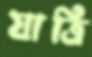
যাত্রি